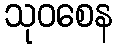
သုဝစေန